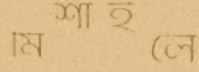
মিশাইলে